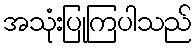
အသုံးပြုကြပါသည်